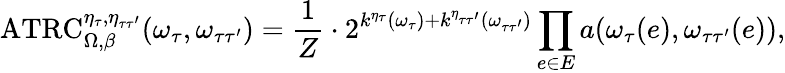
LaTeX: \mathrm{ATRC}_{\Omega,\beta}^{\eta_{\tau},\eta_{\tau\tau^{\prime}}}(\omega_{\tau},\omega_{\tau\tau^{\prime}})=\frac{1}{Z}\cdot 2^{k^{\eta_{\tau}}(\omega_{\tau})+k^{\eta_{\tau\tau^{\prime}}}(\omega_{\tau\tau^{\prime}})}\prod_{e\in E}a(\omega_{\tau}(e),\omega_{\tau\tau^{\prime}}(e)),